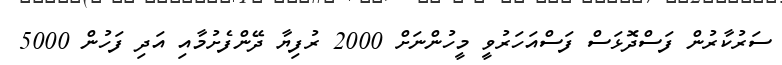
ސަރުކާރުން ފަސްދޮޅަސް ފަސްއަހަރުވީ މީހުންނަށް 2000 ރުފިޔާ ދޭންފެށުމާއި އަދި ފަހުން 5000